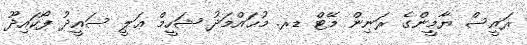
ރައީސް ޔާމީންގެ ރަނިން މޭޓް ޑރ. މުޙައްމަދު ޝަހީމް ޢަލީ ސައީދު ފޯކައިދޫ